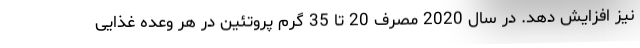
نیز افزایش دهد. در سال 2020 مصرف 20 تا 35 گرم پروتئین در هر وعده غذایی